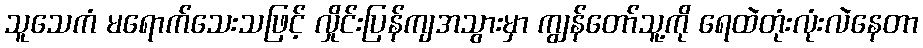
သူသေကံ မရောက်သေးသဖြင့် လှိုင်းပြန်ကျအသွားမှာ ကျွန်တော်သူ့ကို ရေထဲတုံးလုံးလဲနေတာ